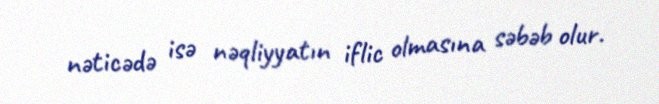
nəticədə isə nəqliyyatın iflic olmasına səbəb olur.